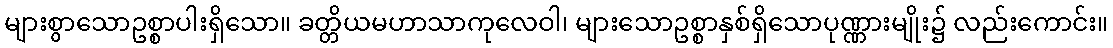
များစွာသောဥစ္စာပါးရှိသော။ ခတ္တိယမဟာသာကုလေဝါ၊ များသောဥစ္စာနှစ်ရှိသောပုဏ္ဏားမျိုး၌ လည်းကောင်း။